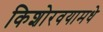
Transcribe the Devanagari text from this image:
किशोरवयामधे